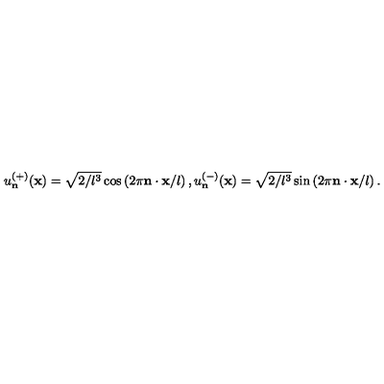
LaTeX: u _ { \bf n } ^ { ( + ) } ( { \bf x } ) = \sqrt { 2 / l ^ { 3 } } \cos \left( 2 \pi { \bf n } \cdot { \bf x } / l \right) , u _ { \bf n } ^ { ( - ) } ( { \bf x } ) = \sqrt { 2 / l ^ { 3 } } \sin \left( 2 \pi { \bf n } \cdot { \bf x } / l \right) .